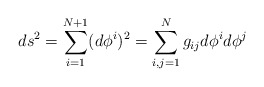
\begin{align*}ds^2=\sum_{i=1}^{N+1}(d\phi^i)^2=\sum_{i,j=1}^Ng_{ij}d\phi^id\phi^j\end{align*}